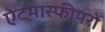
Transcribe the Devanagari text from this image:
ऐटमास्फीयरों